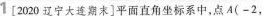
1[2020辽宁大连期末]平面直角坐标系中，点A(-2，